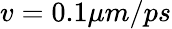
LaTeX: v=0.1\mu m/ps